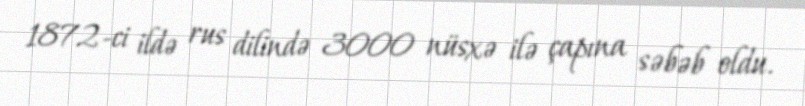
1872-ci ildə rus dilində 3000 nüsxə ilə çapına səbəb oldu.